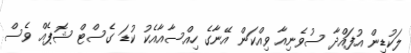
ލަކުޑިން އުފައްދާ ސުވެނިއާ ވިއްކަން އޭނާގެ ހިއްސާއާއެކު ކުޑަ ގެސްޓް ޝޮޕެއް ވެސް